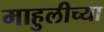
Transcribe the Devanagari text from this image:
माहुलीच्या